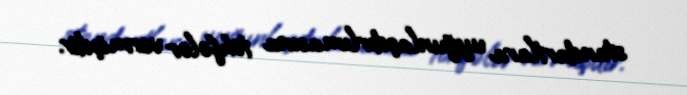
standartlara uyğunlaşdırlımasına töhfələr vermişdir.